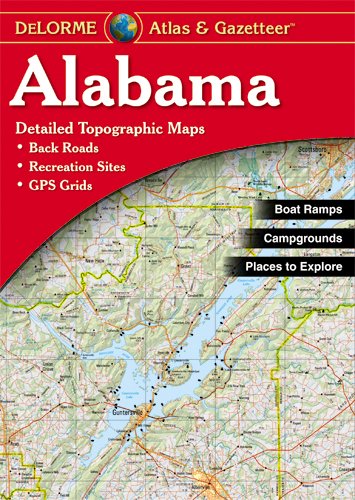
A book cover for Alabama Atlas and Gazetteer (Alabama Atlas & Gazetteer); DeLorme; Reference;